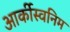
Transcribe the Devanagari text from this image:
आर्कीस्वनिम